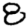
Digit: 8